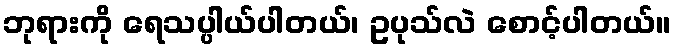
ဘုရားကို ရေသပ္ပါယ်ပါတယ်၊ ဥပုသ်လဲ စောင့်ပါတယ်။